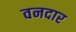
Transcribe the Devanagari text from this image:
वनदार